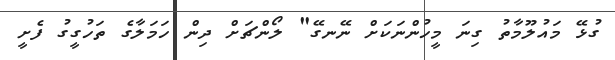
ގުޅޭ މައުލޫމާތު ގިނަ މީހުންނަކަށް ނޭނގޭ" ލޯންޗަށް ދިން ހަމަލާގެ ތަހުގީގު ފެށީ